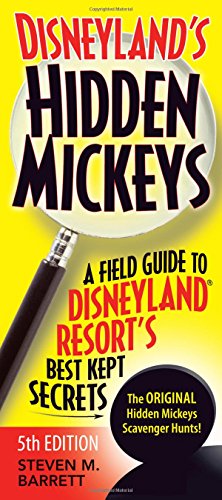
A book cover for Disneyland's Hidden Mickeys: A Field Guide to DisneylandÂ® Resort's Best Kept Secrets; Steven M. Barrett; Travel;